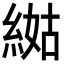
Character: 𦁿